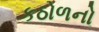
કઠોળનો